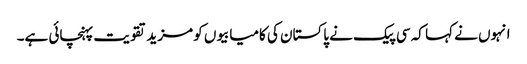
انہوں نے کہا کہ سی پیک نے پاکستان کی کامیابیوں کو مزید تقویت پہنچائی ہے۔